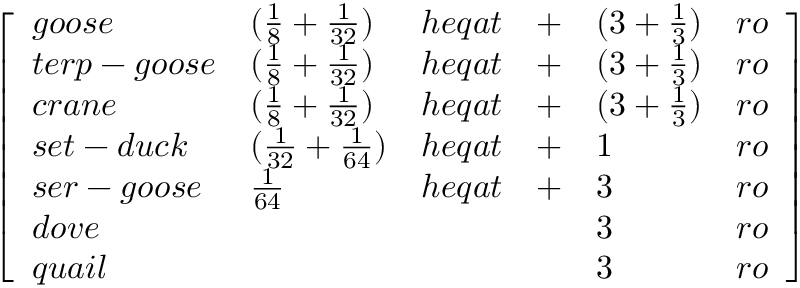
\left[ \begin{array} { l l l l l l } { g o o s e } & { ( { \frac { 1 } { 8 } } + { \frac { 1 } { 3 2 } } ) } & { h e q a t } & { + } & { ( 3 + { \frac { 1 } { 3 } } ) } & { r o } \\ { t e r p - g o o s e } & { ( { \frac { 1 } { 8 } } + { \frac { 1 } { 3 2 } } ) } & { h e q a t } & { + } & { ( 3 + { \frac { 1 } { 3 } } ) } & { r o } \\ { c r a n e } & { ( { \frac { 1 } { 8 } } + { \frac { 1 } { 3 2 } } ) } & { h e q a t } & { + } & { ( 3 + { \frac { 1 } { 3 } } ) } & { r o } \\ { s e t - d u c k } & { ( { \frac { 1 } { 3 2 } } + { \frac { 1 } { 6 4 } } ) } & { h e q a t } & { + } & { 1 } & { r o } \\ { s e r - g o o s e } & { { \frac { 1 } { 6 4 } } } & { h e q a t } & { + } & { 3 } & { r o } \\ { d o v e } & { } & { } & { } & { 3 } & { r o } \\ { q u a i l } & { } & { } & { } & { 3 } & { r o } \end{array} \right]